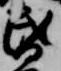
昏